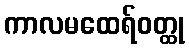
ကာလမထေရ်ဝတ္ထု